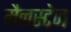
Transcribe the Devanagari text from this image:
मैनस्टेज